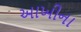
આખીના